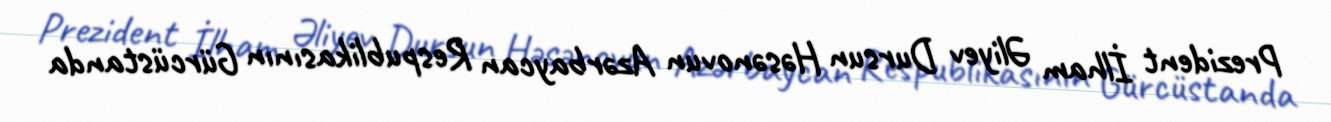
Prezident İlham Əliyev Dursun Həsənovun Azərbaycan Respublikasının Gürcüstanda